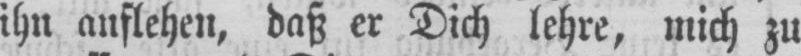
ihn anflehen, daß er Dich lehre, mich zu